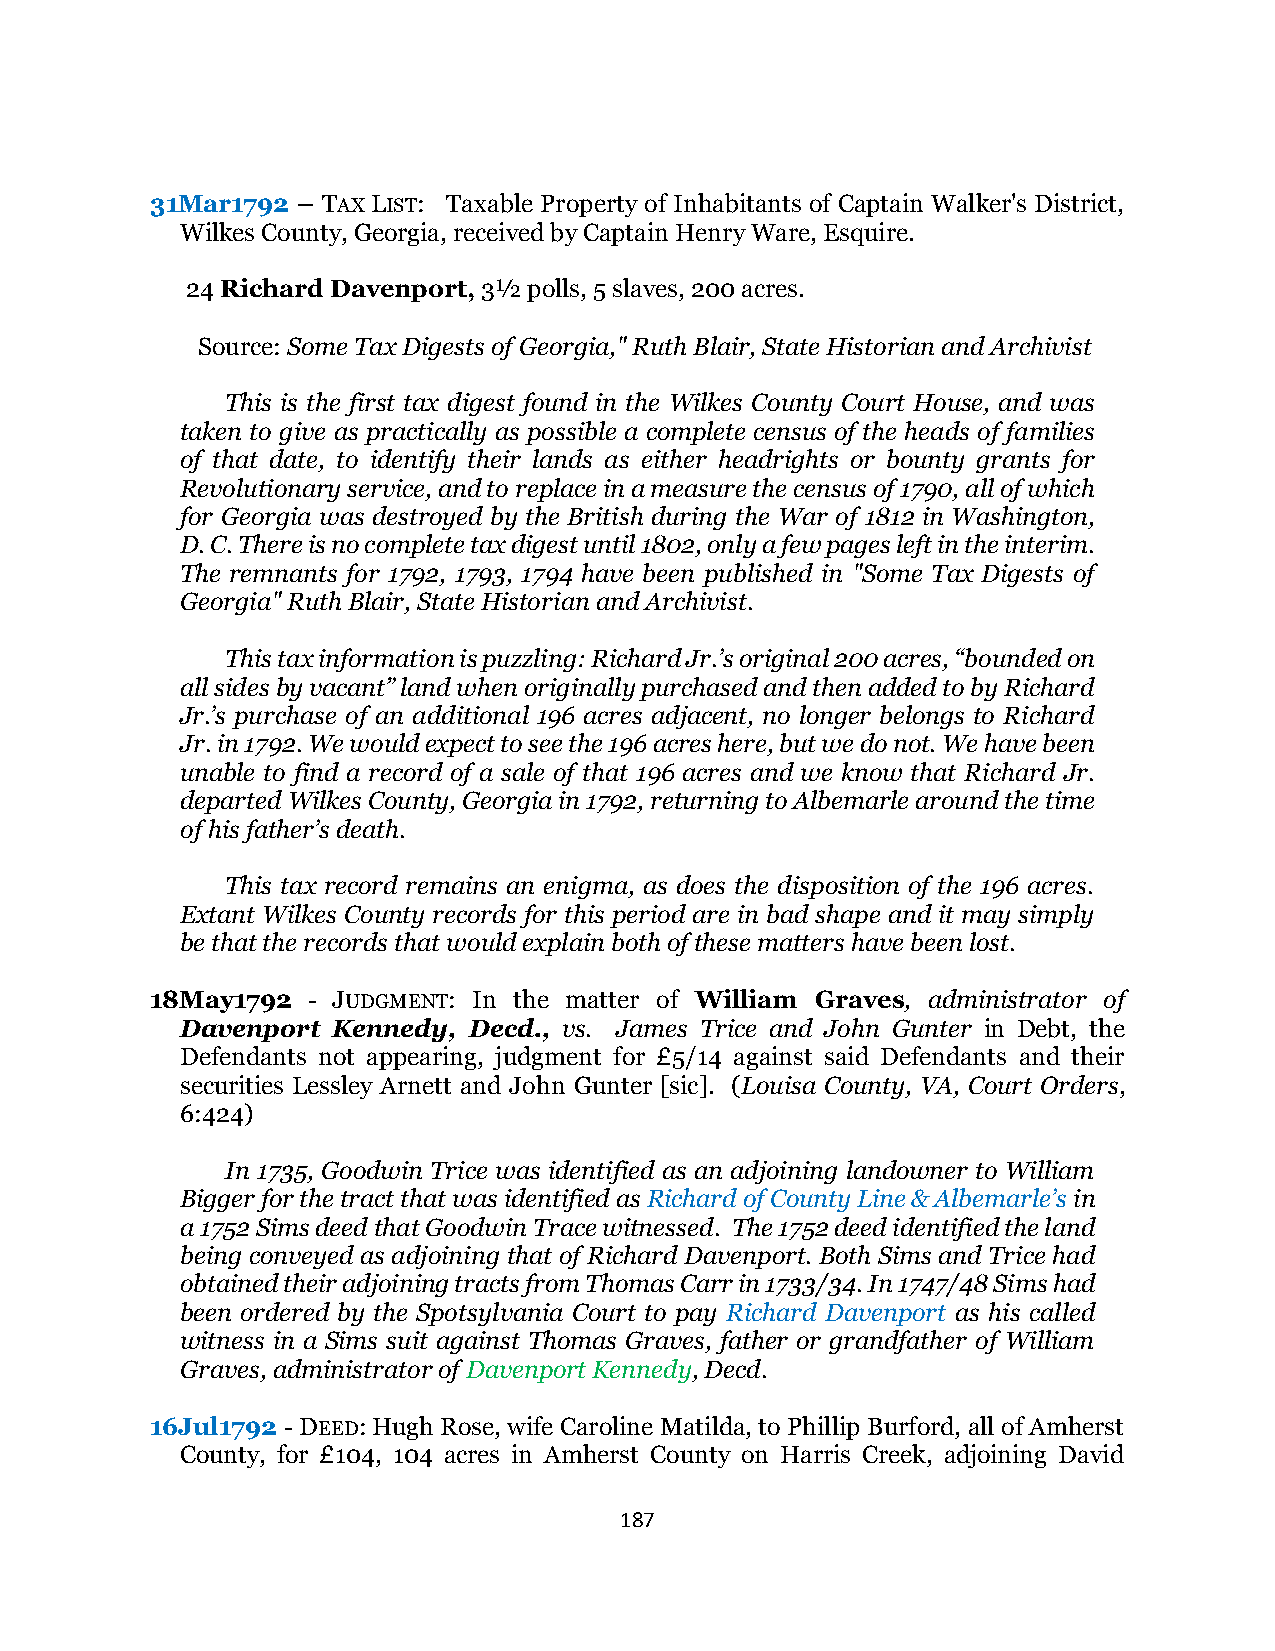
31Mar1792 – TAX LIST: Taxable Property of Inhabitants of Captain Walker's District,
 Wilkes County, Georgia, received by Captain Henry Ware, Esquire.
 24 Richard Davenport, 3½ polls, 5 slaves, 200 acres.
 Source: Some Tax Digests of Georgia," Ruth Blair, State Historian and Archivist
 This is the first tax digest found in the Wilkes County Court House, and was
 taken to give as practically as possible a complete census of the heads of families
 of that date, to identify their lands as either headrights or bounty grants for
 Revolutionary service, and to replace in a measure the census of 1790, all of which
 for Georgia was destroyed by the British during the War of 1812 in Washington,
 D. C. There is no complete tax digest until 1802, only a few pages left in the interim.
 The remnants for 1792, 1793, 1794 have been published in "Some Tax Digests of
 Georgia" Ruth Blair, State Historian and Archivist.
 This tax information is puzzling: Richard Jr.’s original 200 acres, “bounded on
 all sides by vacant” land when originally purchased and then added to by Richard
 Jr.’s purchase of an additional 196 acres adjacent, no longer belongs to Richard
 Jr. in 1792. We would expect to see the 196 acres here, but we do not. We have been
 unable to find a record of a sale of that 196 acres and we know that Richard Jr.
 departed Wilkes County, Georgia in 1792, returning to Albemarle around the time
 of his father’s death.
 This tax record remains an enigma, as does the disposition of the 196 acres.
 Extant Wilkes County records for this period are in bad shape and it may simply
 be that the records that would explain both of these matters have been lost.
 18May1792 - JUDGMENT: In the matter of William Graves, administrator of
 Davenport Kennedy, Decd., vs. James Trice and John Gunter in Debt, the
 Defendants not appearing, judgment for £5/14 against said Defendants and their
 securities Lessley Arnett and John Gunter [sic]. (Louisa County, VA, Court Orders,
 6:424)
 In 1735, Goodwin Trice was identified as an adjoining landowner to William
 Bigger for the tract that was identified as Richard of County Line & Albemarle’s in
 a 1752 Sims deed that Goodwin Trace witnessed. The 1752 deed identified the land
 being conveyed as adjoining that of Richard Davenport. Both Sims and Trice had
 obtained their adjoining tracts from Thomas Carr in 1733/34. In 1747/48 Sims had
 been ordered by the Spotsylvania Court to pay Richard Davenport as his called
 witness in a Sims suit against Thomas Graves, father or grandfather of William
 Graves, administrator of Davenport Kennedy, Decd.
 16Jul1792 - DEED: Hugh Rose, wife Caroline Matilda, to Phillip Burford, all of Amherst
 County, for £104, 104 acres in Amherst County on Harris Creek, adjoining David
 187